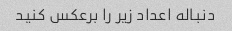
دنباله اعداد زیر را برعکس کنید